38_143685_box7_Incident_Summaries_1-100
Agency: Department of War
Page 189
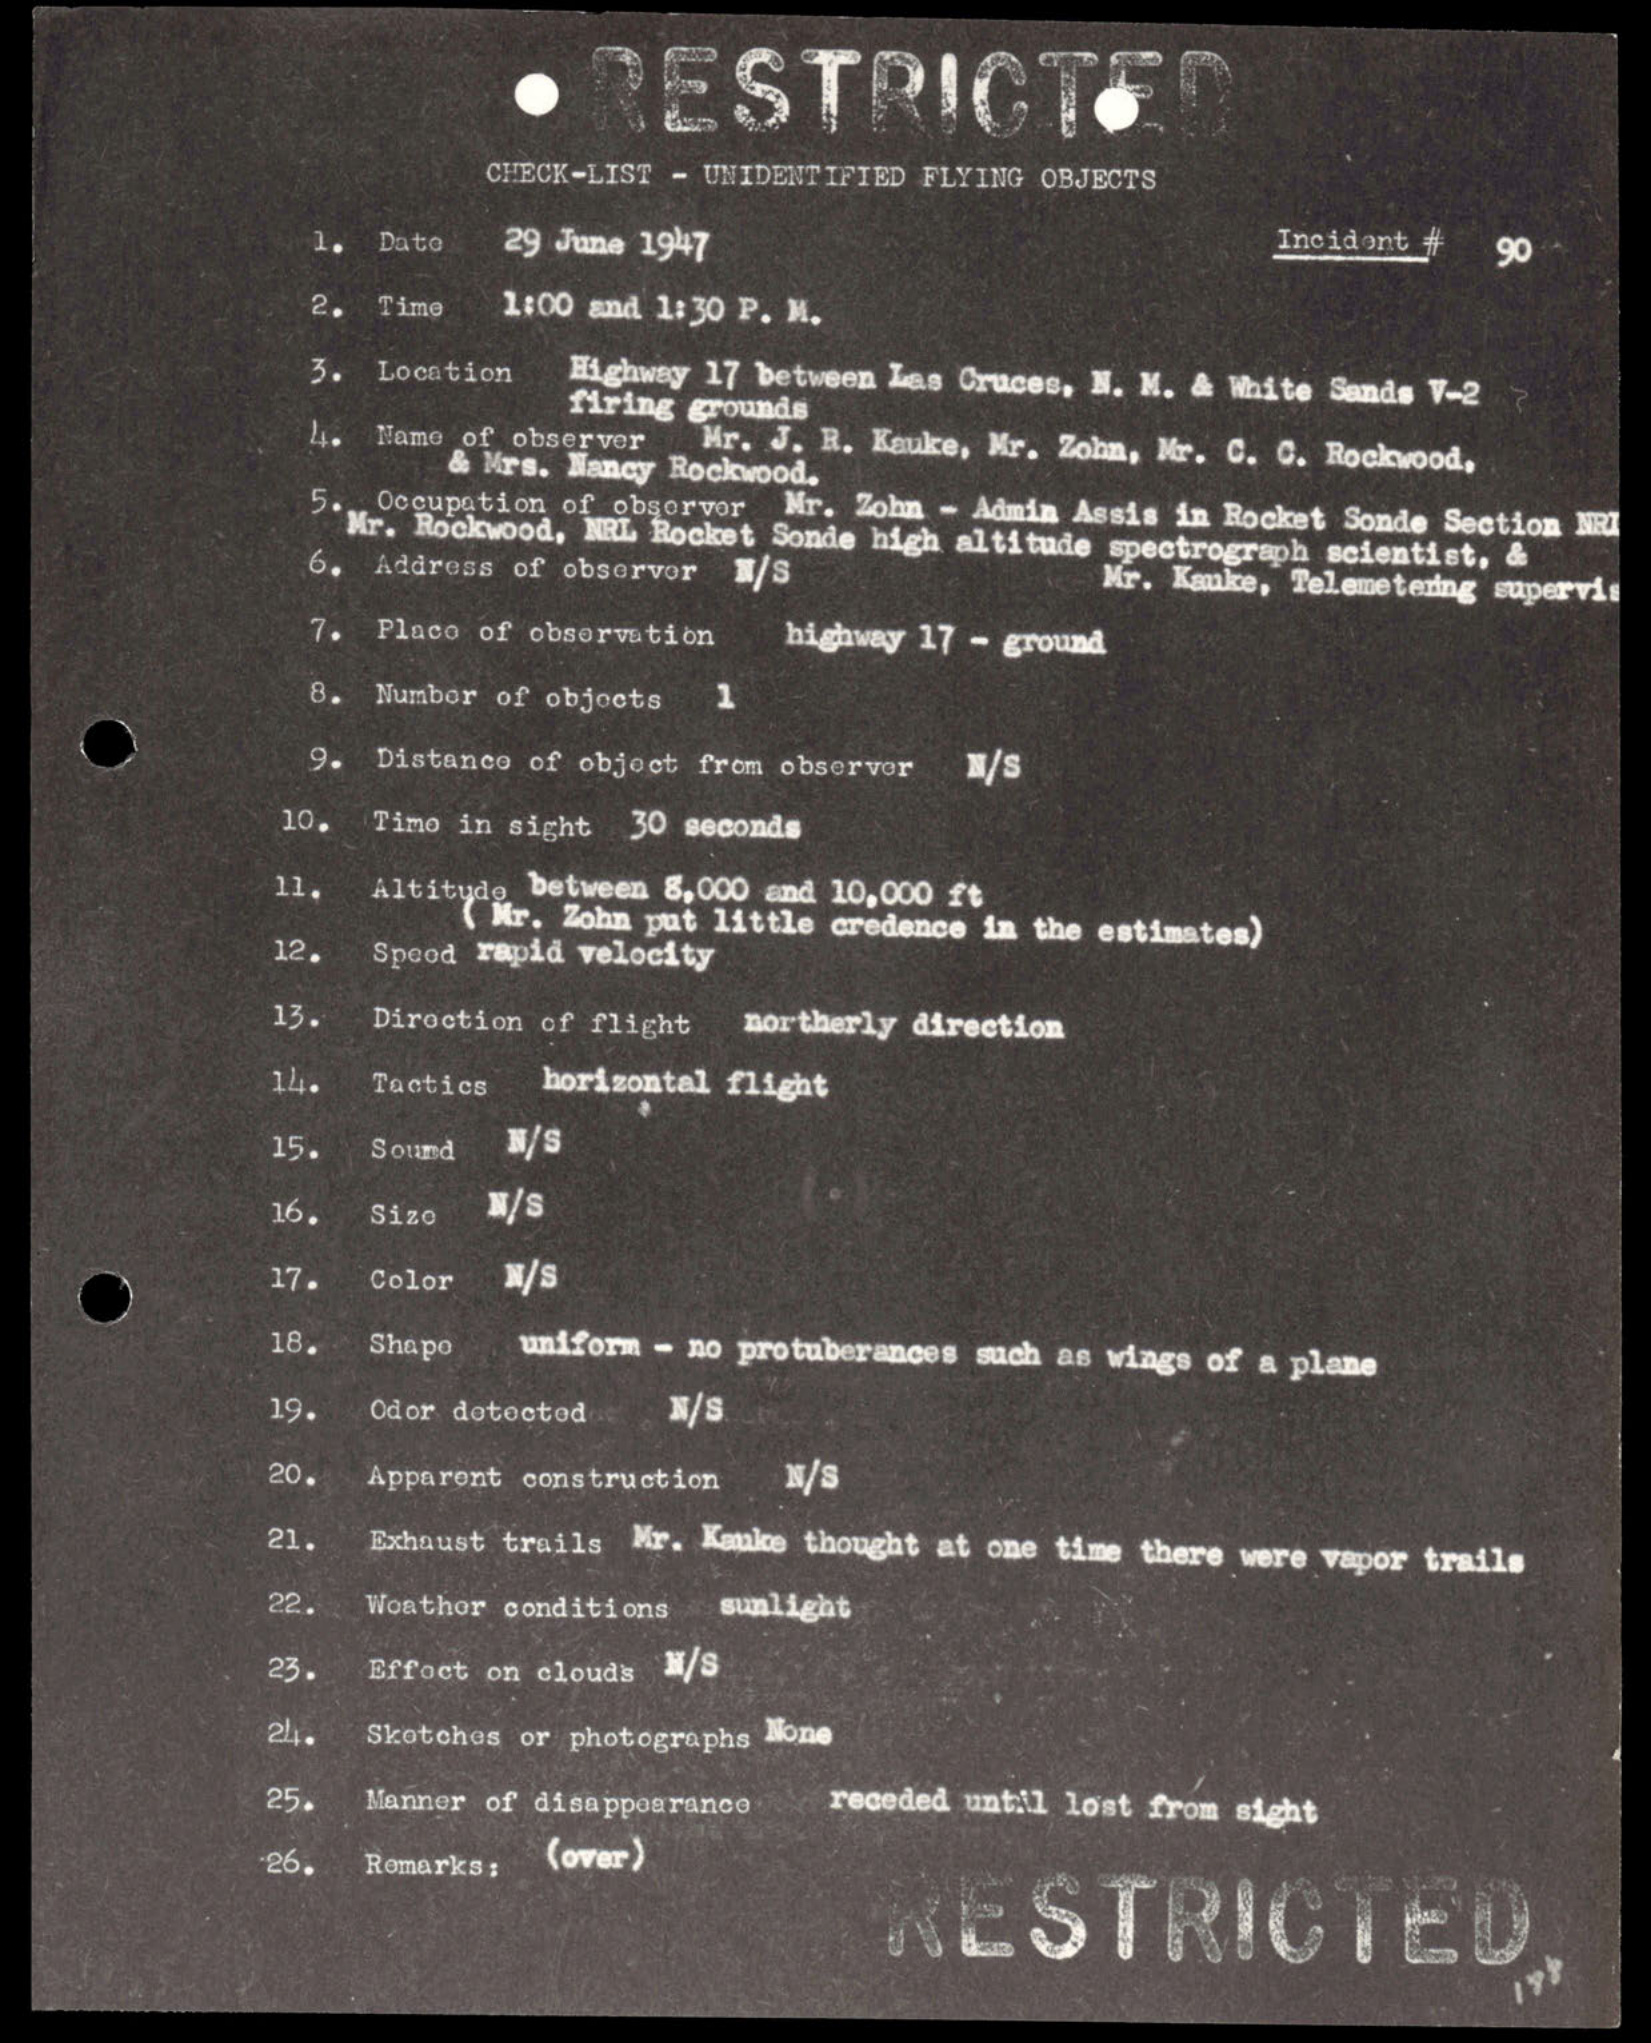